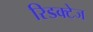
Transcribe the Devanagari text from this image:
रिडक्टेज